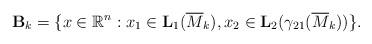
LaTeX: \begin{align*}\mathbf{B}_k=\{x\in \mathbb{R}^n:x_1\in\mathbf{L}_1(\overline{M}_k), x_2\in\mathbf{L}_2(\gamma_{21}(\overline{M}_k))\}.\end{align*}